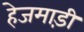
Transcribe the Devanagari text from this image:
हेजमाड़ी